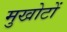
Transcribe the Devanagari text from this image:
मुखोटों